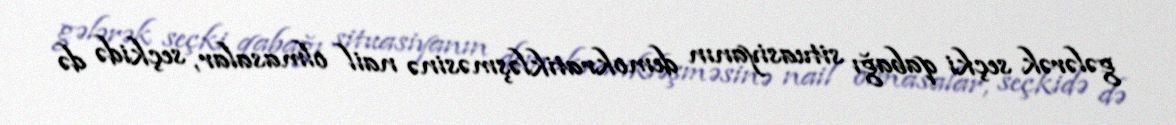
gələrək seçki qabağı situasiyanın demokratikləşməsinə nail olmasalar, seçkidə də